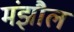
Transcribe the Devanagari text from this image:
मंझौल